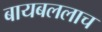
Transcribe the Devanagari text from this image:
बायबललाच